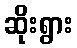
ဆိုးရွား